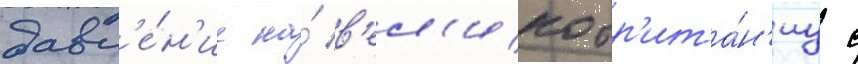
давл'е́н'ие на́ в'ел'икобр'ита́н'иу с